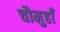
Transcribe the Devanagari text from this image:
चौमुहाँ